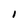
Character: 1